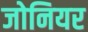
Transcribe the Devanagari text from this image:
जोनियर